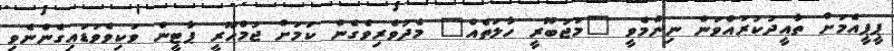
ޕީޕީއެމަށް ތާއީދުކުރައްވަން ނިންމެވީ "މަޖުބޫރީ ހާލަތެއް" މެދުވެރިވެގެން ކަމަށް ޖުމްހޫރީ ޕާޓީން ވަކިވެވަޑައިގެންނެވި